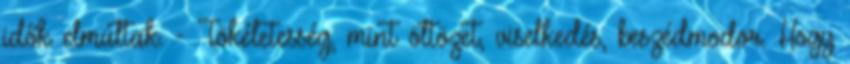
idők elmúltak. - Tökéletesség, mint öltözet, viselkedés, beszédmodor. Hogy